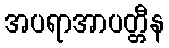
အပရာအာပတ္တီန